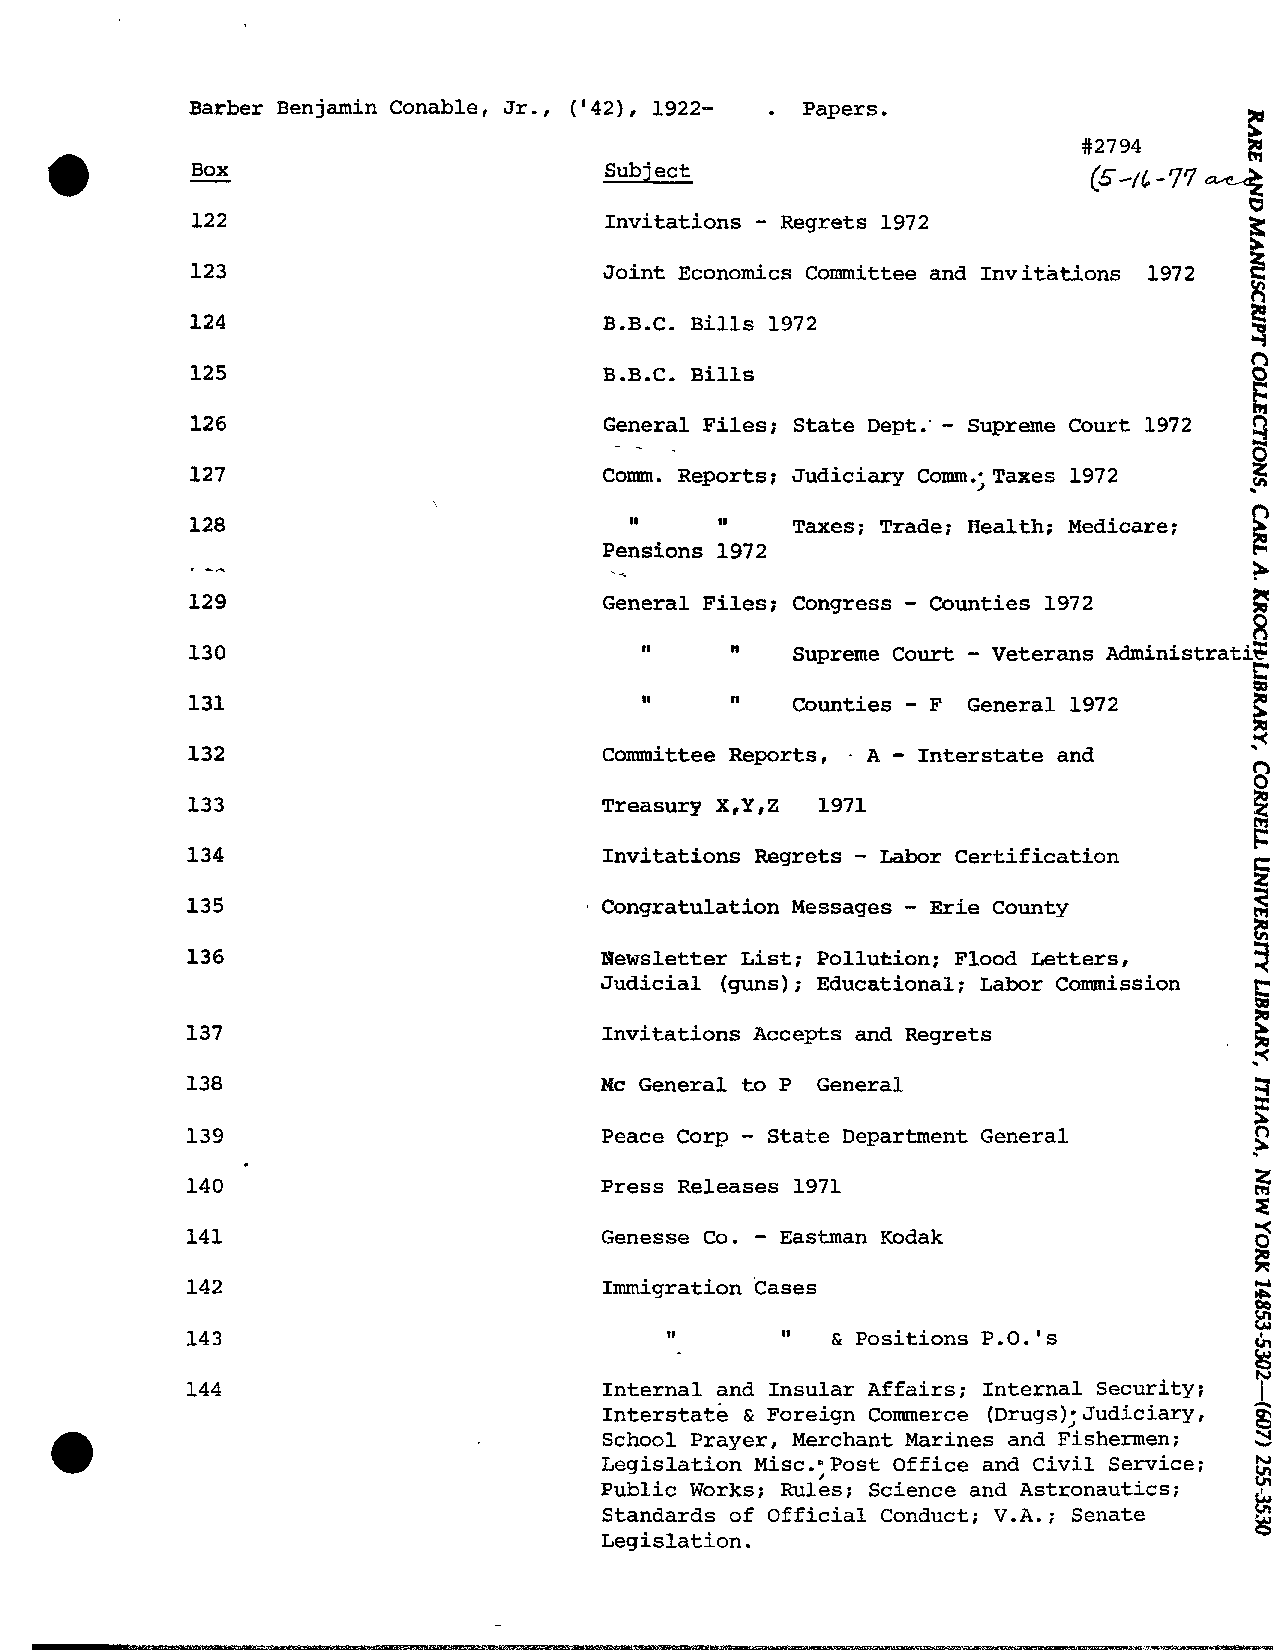
.
 Barber Benjamin Conable, Jr., ('42), 1922- Papers.
 -
 Box                        Subject
 -
 122                        Invitations Regrets 1972
 5
 5
 Joint Economics Committee and Invitations 1972
 R3
 B.B.C. Bills 1972
 n
 B.B.C. Bills                               0
 E:
 -                    $
 General Files; State Dept: Supreme Court 1972
 ij
 3
 Comm. Reports; Judiciary Com.;Taxes 1972
 n
 II    II  Taxes; Trade; Health; Medicare; %
 Pe- nsions 1972                            c-
 ?
 -
 General Files; Congress Counties 1972
 -
 Supreme Court Veterans ~dministratiE
 el   "
 -
 II   11  Counties  F General 1972
 -
 Committee Reports, A Interstate and
 Treasury X,Y,Z 1971
 -
 Invitations Regrets Labor Certification
 -
 Congratulation Messages Erie County
 Newsletter List; Pollution; Flood Letters,
 Judicial (guns); Educational; Labor Commission ts-
 k
 Invitations Accepts and Regrets
 Mc General to P General
 -
 Peace Csrp State Department General
 Press Releases 1971
 -
 Genesse Co. Eastman Kodak
 *
 Immigration 'Cases
 Y
 3
 tl      "  & Positions P.O.'s
 tPr
 7
 Internal and Insular Af fa irs ; Internal Security;
 ~nterstate& Foreign Commerce (Drugs); Judiciary,
 School Prayer, Merchant Marines and Fishermen; 2
 Legislation Misc.",ost Office and Civil Service;
 WN
 Public Works; Rules; Science and Astronautics; G
 Standards of Official Conduct; V.A.; Senate
 Legislation.